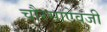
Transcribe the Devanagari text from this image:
चौरसाऐवजी